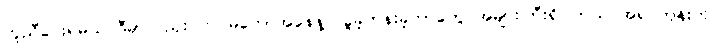
ကူညီပေးရမယ် ဒီမှာလည်း တပ်မတော်အနေနဲ့ လှူခဲ့တန်းခဲ့တာတွေ အများကြီးရှိပါတယ် အရင်တုန်းက